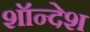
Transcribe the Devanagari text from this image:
शॉन्देश